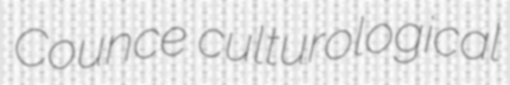
Counce culturological